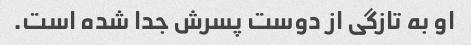
او به تازگی از دوست پسرش جدا شده است.